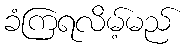
ခံကြရလိမ့်မည်